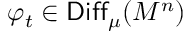
\varphi _ { t } \in \mathsf { D i f f } _ { \mu } ( M ^ { n } )